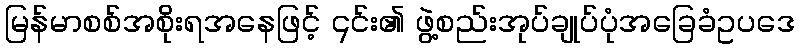
မြန်မာစစ်အစိုးရအနေဖြင့် ၎င်း၏ ဖွဲ့စည်းအုပ်ချုပ်ပုံအခြေခံဥပဒေ